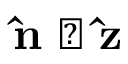
\mathbf { \hat { n } } \perp \mathbf { \hat { z } }